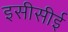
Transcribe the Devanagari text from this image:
इसीसीई